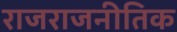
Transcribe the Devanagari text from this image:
राजराजनीतिक